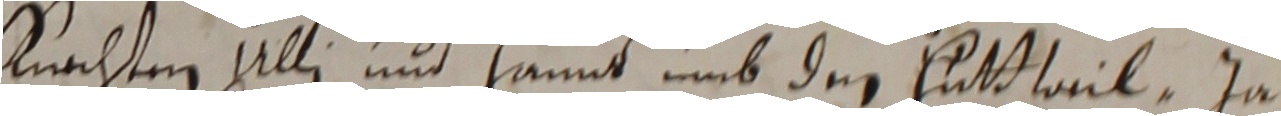
kachten Ulli unt hannt umb den lutthail ja